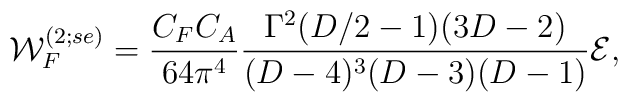
{\cal W}_F^{(2;se)} = {C_F C_A \over{64 {\pi}^4}} {\Gamma^2 (D/2 - 1) (3D-2) \over (D-4)^3 (D-3)(D-1)}{\cal E},